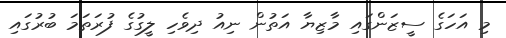
މި އަހަގެ ސީޒަންގައި މާޒިޔާ އަތުން ނިއު ދިވެހި ލީގުގެ ފުރަތަމަ ބުރުގައި